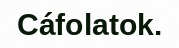
Cáfolatok.